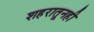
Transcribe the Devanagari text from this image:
शहरातूनही